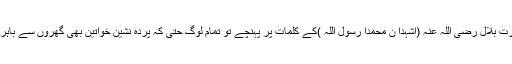
جب حضرت بلال رضی اللہ عنہ (اشہدا ن محمدا رسول اللہ )کے کلمات پر پہنچے تو تمام لوگ حتی کہ پردہ نشین خواتین بھی گھروں سے باہر نکل آئیں۔